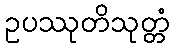
ဥပဿုတိသုတ္တံ